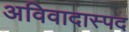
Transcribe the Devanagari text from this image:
अविवादास्पद